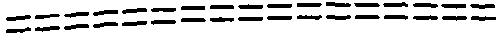
=================